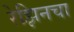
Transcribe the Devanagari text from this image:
रेझिनचा